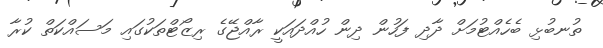
ތުނބުޅި ބެހެއްޓުމަށް ދާދި ފަހުން ދިން ހުއްދައަކީ ރާއްޖޭގެ ރިޒޯޓްތަކުގައި މަސައްކަތް ކުރާ